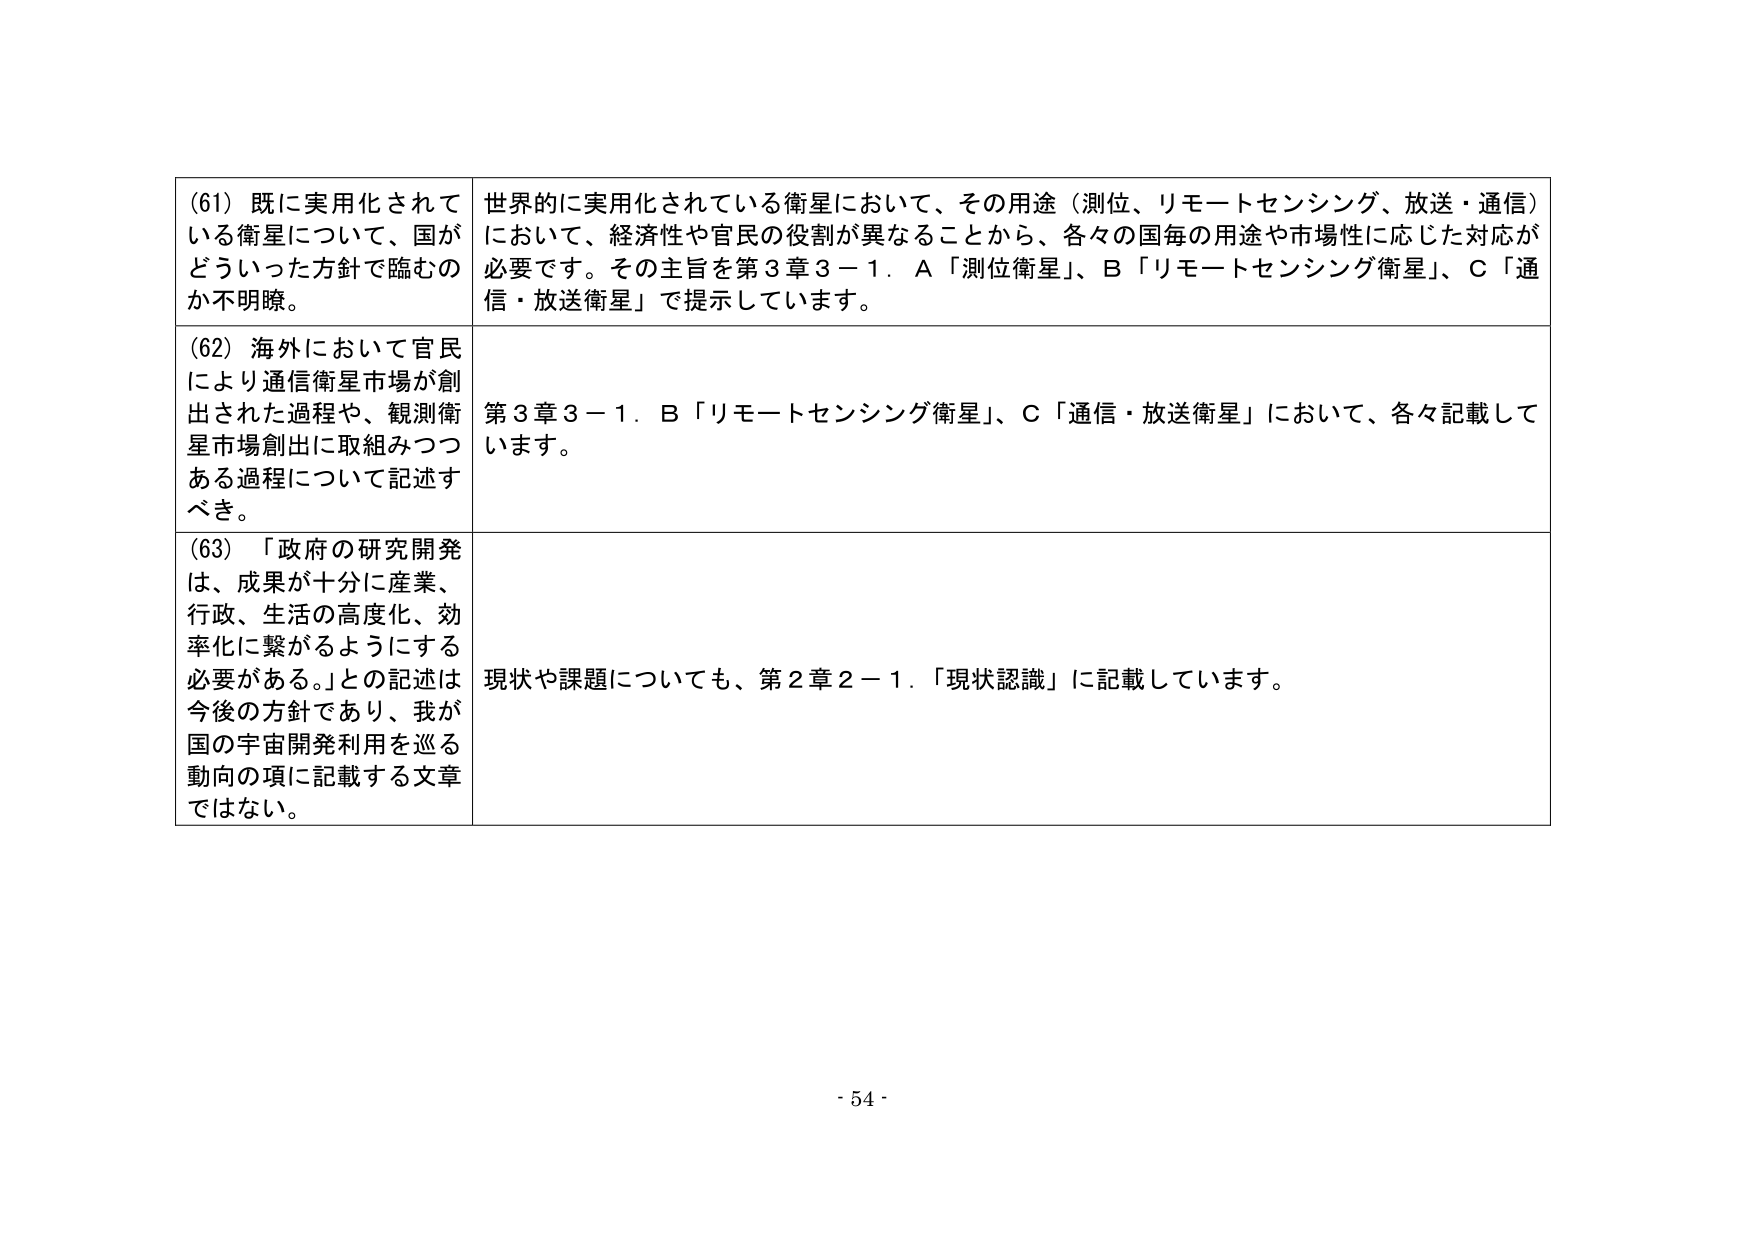
(61) 既に実用化されている衛星について、国がどういった方針で臨むのか不明瞭。

世界的に実用化されている衛星において、その用途（測位、リモートセンシング、放送・通信）において、経済性や官民の役割が異なることから、各々の国毎の用途や市場性に応じた対応が必要です。その主旨を第3章3－1．A「測位衛星」、B「リモートセンシング衛星」、C「通信・放送衛星」で提示しています。

(62) 海外において官民により通信衛星市場が創出された過程や、観測衛星市場創出に取組みつつある過程について記述すべき。

第3章3－1．B「リモートセンシング衛星」、C「通信・放送衛星」において、各々記載しています。

(63) 「政府の研究開発は、成果が十分に産業、行政、生活の高度化、効率化に繋がるようにする必要がある。」との記述は今後の方針であり、我が国の宇宙開発利用を巡る動向の項に記載する文章ではない。

現状や課題についても、第2章2－1．「現状認識」に記載しています。

- 54 -